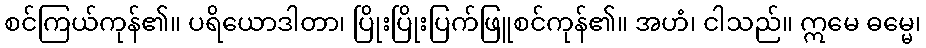
စင်ကြယ်ကုန်၏။ ပရိယောဒါတာ၊ ပြိုးပြိုးပြက်ဖြူစင်ကုန်၏။ အဟံ၊ ငါသည်။ ဣမေ ဓမ္မေ၊